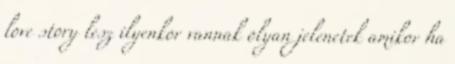
love story lesz ilyenkor vannak olyan jelenetek amikor ha